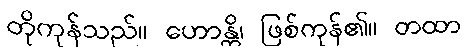
တိုကုန်သည်။ ဟောန္တိ၊ ဖြစ်ကုန်၏။ တထာ